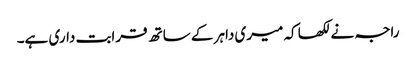
راجہ نے لکھا کہ میری داہر کے ساتھ قرابت داری ہے۔